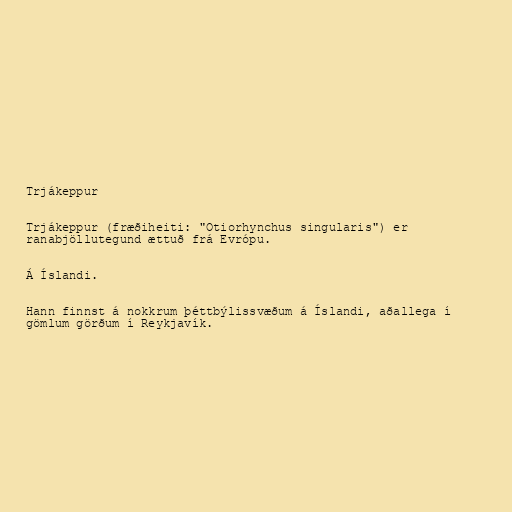
Trjákeppur

Trjákeppur (fræðiheiti: "Otiorhynchus singularis") er
ranabjöllutegund ættuð frá Evrópu.

Á Íslandi.

Hann finnst á nokkrum þéttbýlissvæðum á Íslandi, aðallega í
gömlum görðum í Reykjavík.